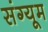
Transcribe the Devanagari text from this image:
संग्यूम